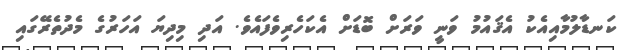
ކަނޑާލުމާއިއެކު އެޤައުމު ވަނީ ވަރަށް ބޮޑަށް އެކަހެރިވެފައެވެ. އަދި މިދިޔަ އަހަރުގެ މެދުތެރޭގައި